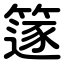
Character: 篴